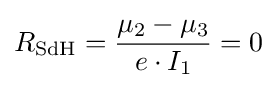
R_{\mathrm {SdH} }={\frac {\mu _{2}-\mu _{3}}{e\cdot I_{1}}}=0